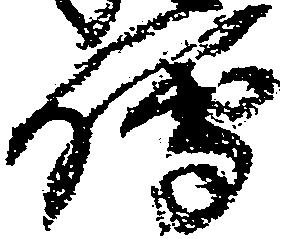
伝